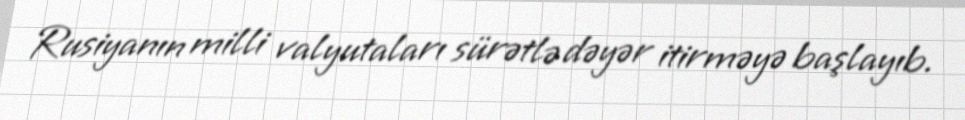
Rusiyanın milli valyutaları sürətlə dəyər itirməyə başlayıb.